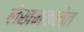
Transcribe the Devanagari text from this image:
लेखनकलेत